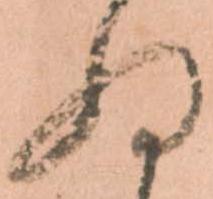
ぬ